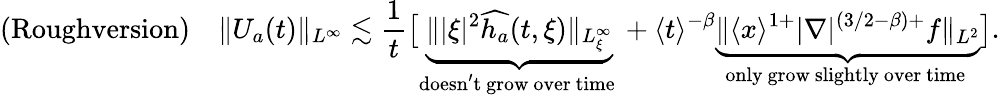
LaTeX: \textup{(Roughversion)}\quad\| U_{a}(t)\| _{L^{\infty}}\lesssim\frac{1}{t}\big[\underbrace{\| |\xi|^{2}\widehat{h_{a}}(t,\xi)\| _{L_{\xi}^{\infty}}}_{\mathrm{doesn't~grow~over~time~}}+\langle t\rangle^{-\beta}\underbrace{\| \langle x\rangle^{1+}|\nabla|^{(3/2-\beta)+}f\| _{L^{2}}}_{\mathrm{only~grow~slightly~over~time~}}\big].